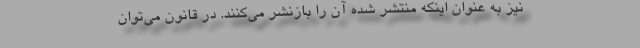
نیز به عنوان اینکه منتشر شده آن را بازنشر می‌کنند. در قانون می‌توان